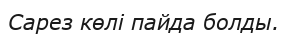
Сарез көлі пайда болды.